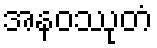
အနဝဿုတံ